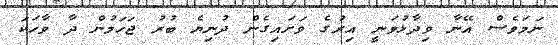
ނަމަވެސް އޭނާ ވިދާޅުވަނީ އިރުގެ ވަށައިގެން ދުނިޔެ ބުރު ޖަހަމުން ދާ ވާހަކަ